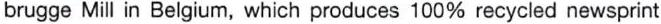
brugge Mill in Belgium, which produces 100% recycled newsprint